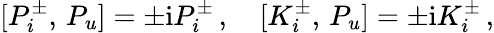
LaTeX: {}[P_{i}^{\pm},\, P_{u}]=\pm\mathrm{i}P_{i}^{\pm}\, ,\quad{}[K_{i}^{\pm},\, P_{u}]=\pm\mathrm{i}K_{i}^{\pm}\, ,